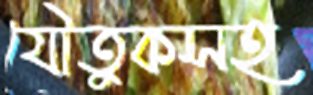
যৌতুকসহ